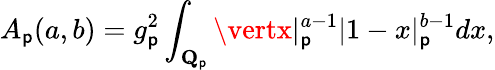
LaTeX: A_{\mathsf{p}}(a,b)=g_{\mathsf{p}}^{2}\int_{{\mathbf{Q}}_{\mathsf{p}}}\vertx\vert_{\mathsf{p}}^{a-1}|1-x|_{\mathsf{p}}^{b-1}dx,